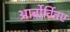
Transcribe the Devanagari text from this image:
आर्बोर्वितए